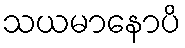
သယမာနောပိ